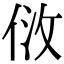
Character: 𠈹